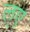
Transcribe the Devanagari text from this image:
ल्ए